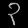
Digit: ၃